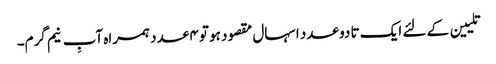
تلیین کے لئے ایک تا دو عدد اسہال مقصود ہو تو ۴ عدد ہمراہ آبِ نیم گرم۔